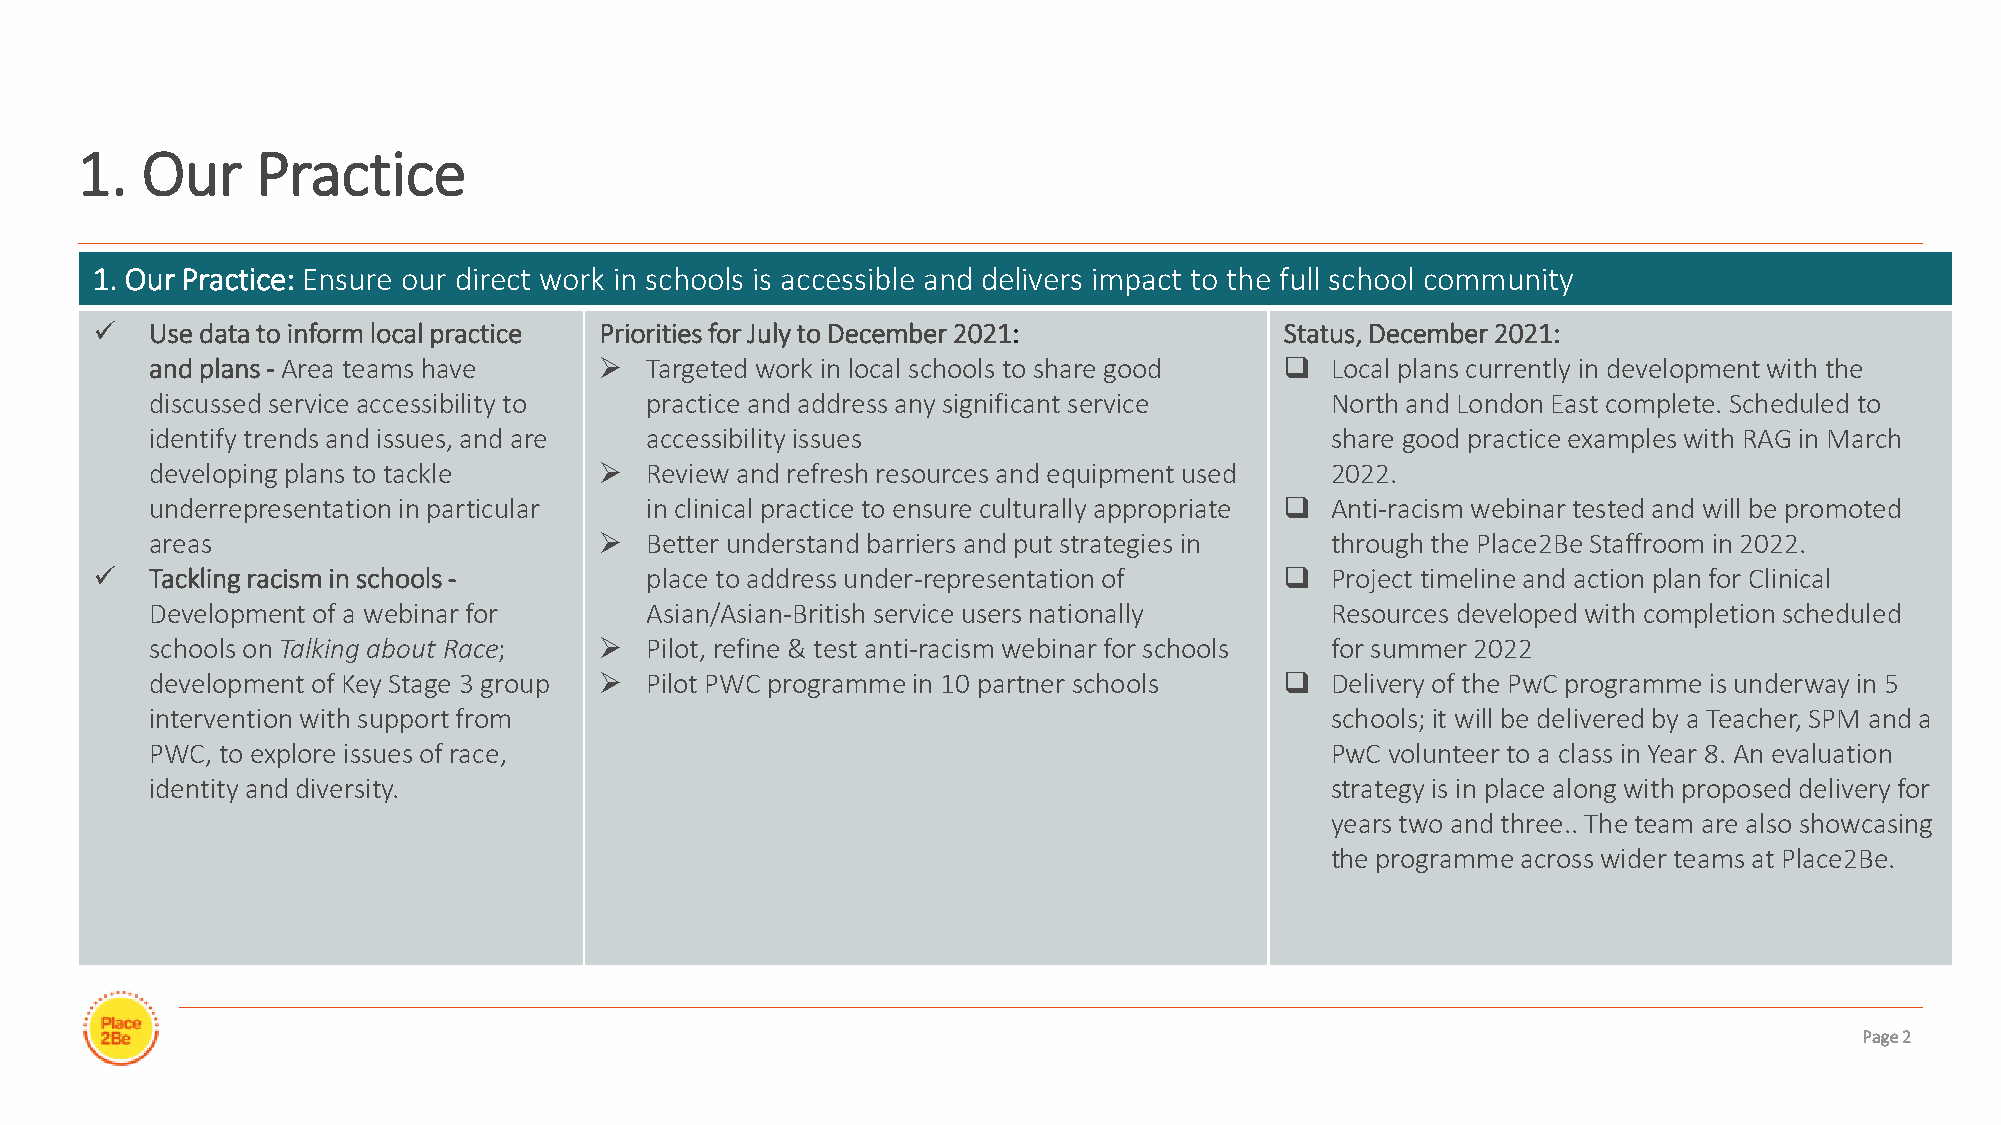
1.  Our     Practice
 1. Our Practice: Ensure our direct work in schools is accessible and delivers impact to the full school community
 ✓   Use data to inform local practice Priorities for July to December 2021:    Status, December 2021:
 and plans - Area teams have   ➢  Targeted work in local schools to share good ❑ Local plans currently in development with the
 discussed service accessibility to practice and address any significant service North and London East complete. Scheduled to
 identify trends and issues, and are accessibility issues                      share good practice examples with RAG in March
 developing plans to tackle    ➢  Review and refresh resources and equipment used 2022.
 underrepresentation in particular in clinical practice to ensure culturally appropriate ❑ Anti-racism webinar tested and will be promoted
 areas                         ➢  Better understand barriers and put strategies in through the Place2Be Staffroom in 2022.
 ✓   Tackling racism in schools -     place to address under-representation of  ❑  Project timeline and action plan for Clinical
 Development of a webinar for     Asian/Asian-British service users nationally Resources developed with completion scheduled
 schools on Talking about Race; ➢ Pilot, refine & test anti-racism webinar for schools for summer 2022
 development of Key Stage 3 group ➢ Pilot PWC programme in 10 partner schools ❑ Delivery of the PwC programme is underway in 5
 intervention with support from                                                schools; it will be delivered by a Teacher, SPM and a
 PWC, to explore issues of race,                                               PwC volunteer to a class in Year 8. An evaluation
 identity and diversity.                                                       strategy is in place along with proposed delivery for
 years two and three.. The team are also showcasing
 the programme across wider teams at Place2Be.
 Page 2